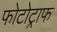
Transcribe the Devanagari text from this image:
फोटोट्राफ